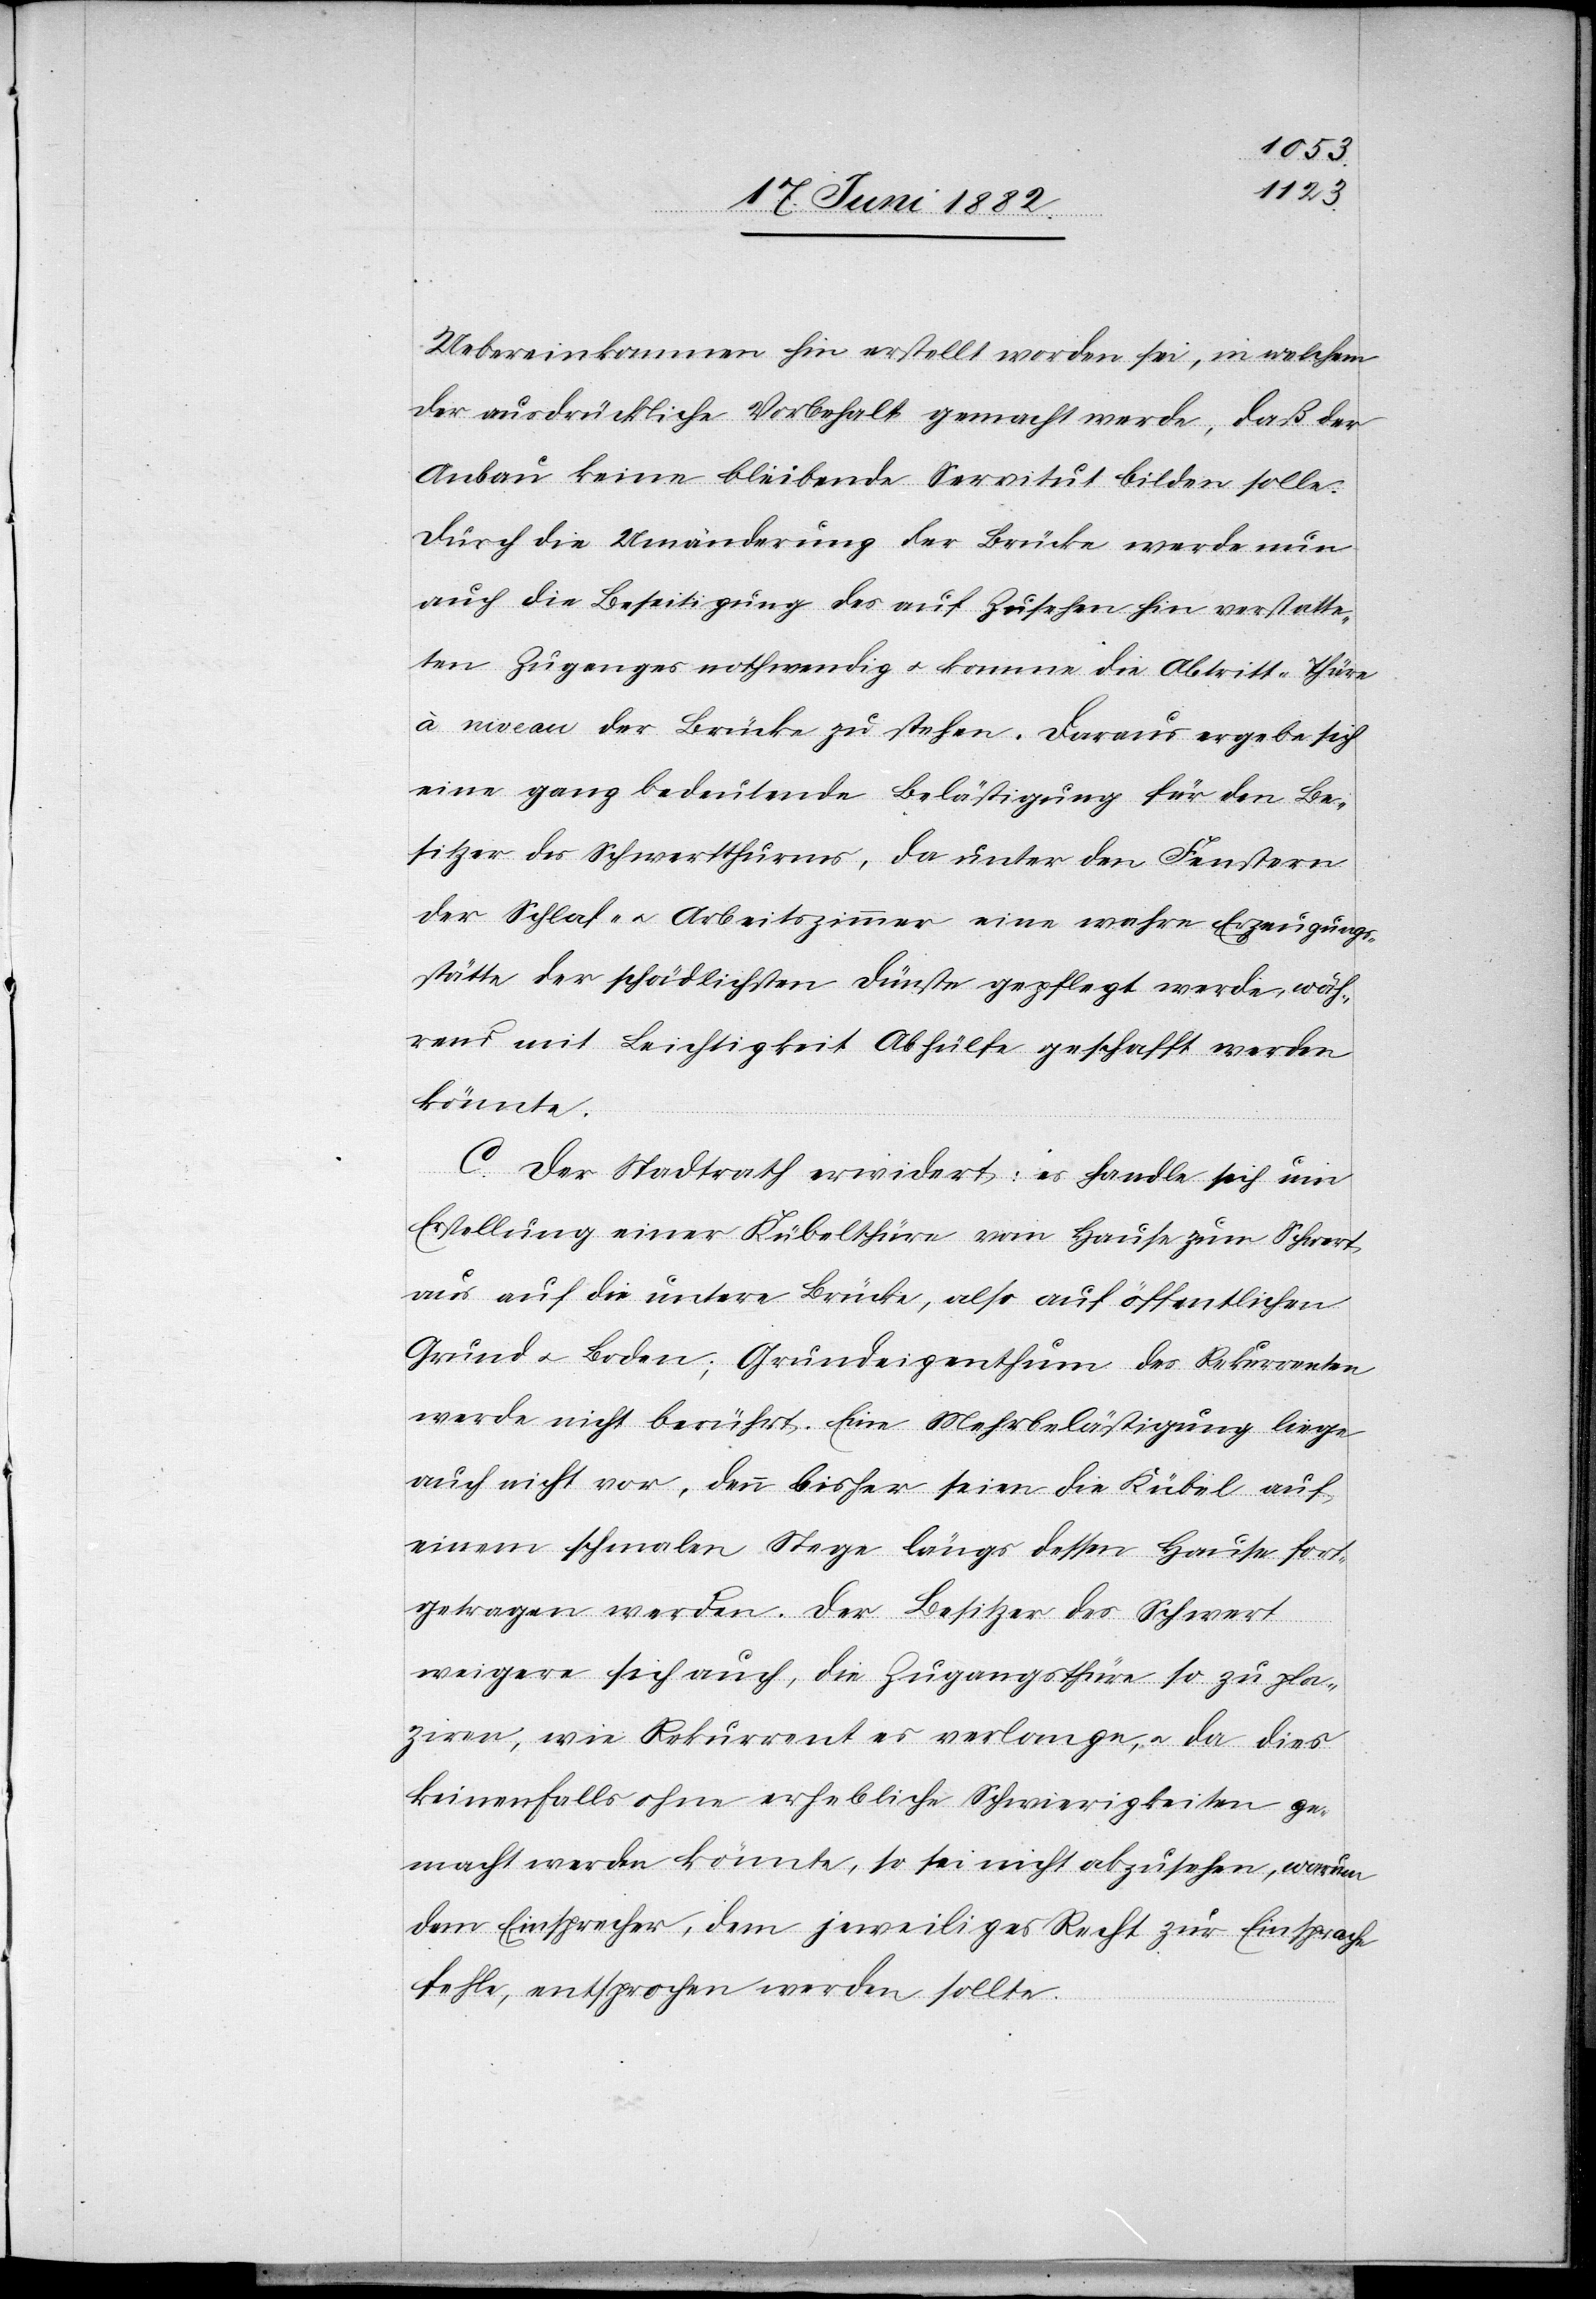
Uebereinkommen hin erstellt worden sei, in welchem
der ausdrückliche Vorbehalt gemacht werde, daß der
Anbau keine bleibende Servitut bilden solle.
Durch die Umänderung der Brücke werde nun
auch die Beseitigung des auf Zusehen hin verstatteten
Zuganges nothwendig u. komme die Abtritt-Thüre
à niveau der Brücke zu stehen. Daraus ergebe sich
eine ganz bedeutende Belästigung für den Be¬
sitzer des Schwertthurms, da unter den Fenstern
der Schlaf- u. Arbeitszimmer eine wahre Erzeugungs¬
stätte der schädlichsten Dünste gepflegt werde, wäh¬
rend mit Leichtigkeit Abhülfe geschafft werden
könnte.
C. Der Stadtrath erwidert: es handle sich um
Erstellung einer Kübelthüre vom Hause zum Schwert
aus auf die untere Brücke, also auf öffentlichen
Grund u. Boden; Grundeigenthum des Rekurrenten
werde nicht berührt. Eine Mehrbelästigung liege
auch nicht vor, denn bisher seien die Kübel auf
einem schmalen Stege längs dessen Hause fort¬
getragen worden. Der Besitzer des Schwert
weigere sich auch, die Zugangsthüre so zu pla¬
ziren, wie Rekurrent es verlange, u. da dies
keinenfalls ohne erheblich Schwierigkeiten ge¬
macht werden könnte, so sei nicht abzusehen, warum
dem Einsprecher, dem jeweiliges Recht zur Einsprache
fehle, entsprochen werden sollte.